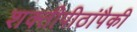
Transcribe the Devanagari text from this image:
शक्तीपीठांपैकी